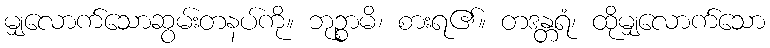
မျှလောက်သောဆွမ်းတနပ်ကို။ ဘုဉ္စာမိ၊ စားရ၏။ တဒန္တရံ၊ ထိုမျှလောက်သော